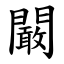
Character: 闞